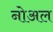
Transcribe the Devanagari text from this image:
नोअल